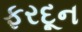
ફરદૂન